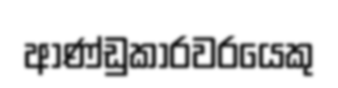
ආණ්ඩුකාරවරයෙකු